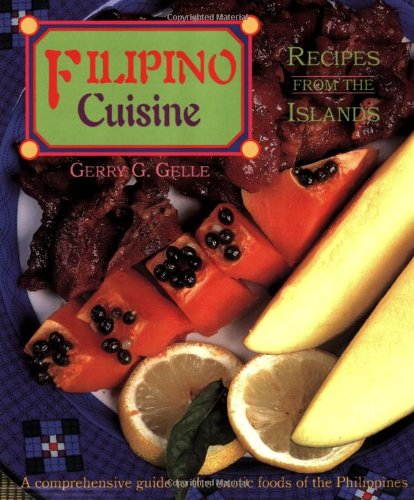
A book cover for Filipino Cuisine: Recipes from the Islands; Gerry G. Gelle; Cookbooks, Food & Wine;